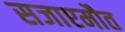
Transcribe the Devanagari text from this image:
सजाएमौत